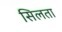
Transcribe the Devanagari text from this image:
सिलता